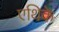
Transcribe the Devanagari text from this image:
एथिके